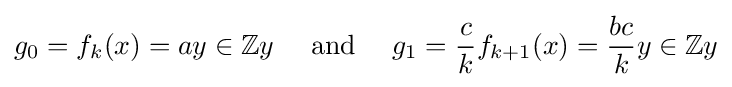
g_{0}=f_{k}(x)=ay\in \mathbb {Z} y\quad {\text{ and }}\quad g_{1}={\frac {c}{k}}f_{k+1}(x)={\frac {bc}{k}}y\in \mathbb {Z} y